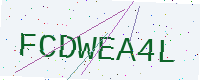
Text: FCDWEA4L